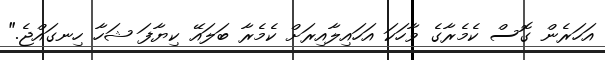
އަހަރެން ގޮސް ކެމެރާގެ ވާހަކަ އަހައިލާއިރަށް ކެމެރާ ބަލައޭ ކިޔާފަ ޝަހާ ހިނގައްޖެ."